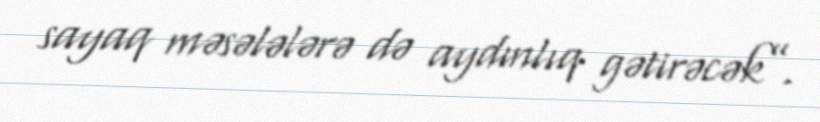
sayaq məsələlərə də aydınlıq gətirəcək”.